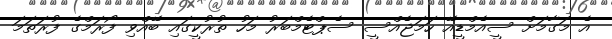
އެ މަގާމަށް ސީއެމްޑީއޭ ހަމަޖެއްސީ ސެޕްޓެމްބަރު މަހު ތުރުކީގައި ބޭއްވި ފޯރަމްގެ ފުރަތަމަ